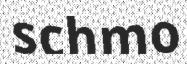
schmo